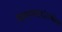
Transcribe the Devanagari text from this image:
नेल्सनसाउंडस्कैन